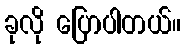
ခုလို ပြောပါတယ်။